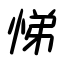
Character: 悌